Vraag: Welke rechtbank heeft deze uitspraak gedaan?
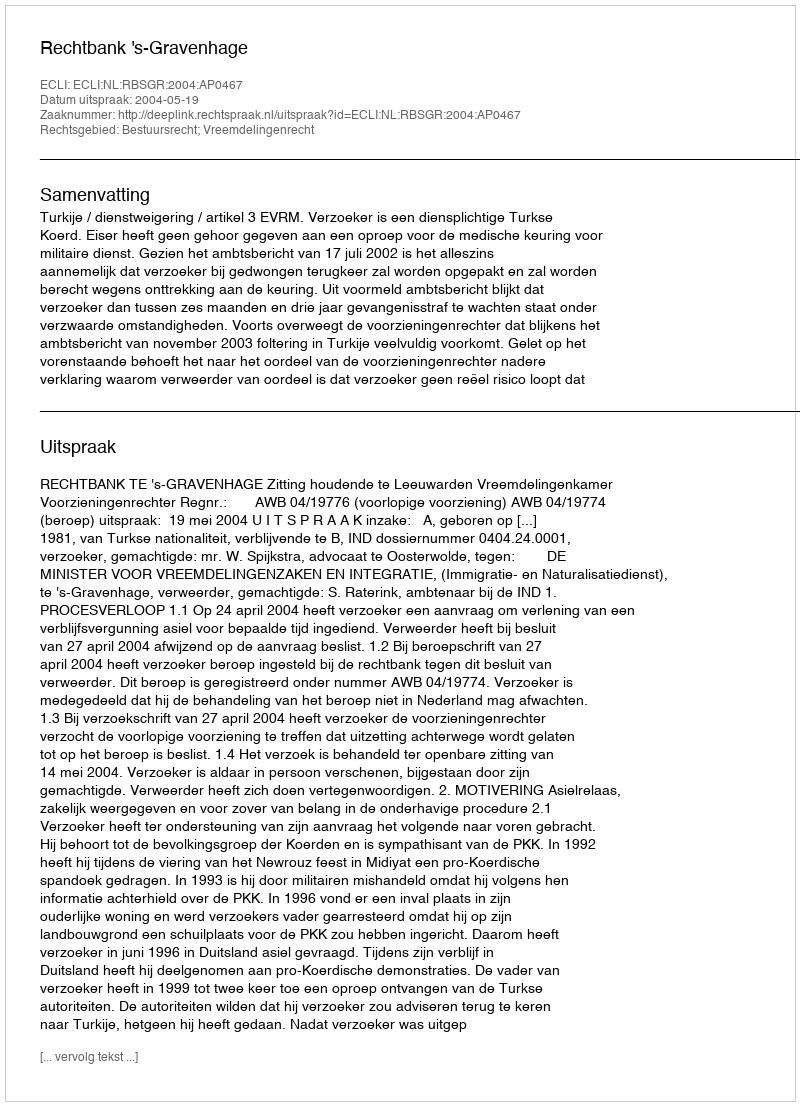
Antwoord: Rechtbank 's-Gravenhage